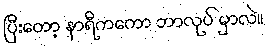
ပြီးတော့ နာရီကကော ဘာလုပ် မှာလဲ။